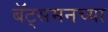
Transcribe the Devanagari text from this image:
बॅट्समनच्या